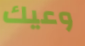
وعيك